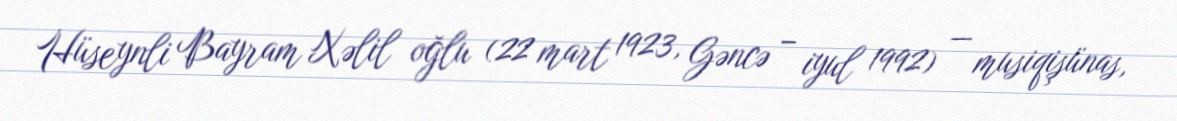
Hüseynli Bayram Xəlil oğlu (22 mart 1923, Gəncə – iyul 1992) — musiqişünas,